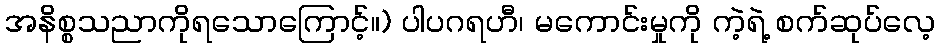
အနိစ္စသညာကိုရသောကြောင့်။) ပါပဂရဟီ၊ မကောင်းမှုကို ကဲ့ရဲ့ စက်ဆုပ်လေ့